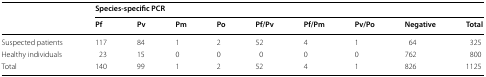
<table><thead><tr><td rowspan="2"></td><td colspan="9"><b>Species-specific PCR</b></td></tr><tr><td><b>Pf</b></td><td><b>Pv</b></td><td><b>Pm</b></td><td><b>Po</b></td><td><b>Pf/Pv</b></td><td><b>Pf/Pm</b></td><td><b>Pv/Po</b></td><td><b>Negative</b></td><td><b>Total</b></td></tr></thead><tbody><tr><td>Suspected patients</td><td>117</td><td>84</td><td>1</td><td>2</td><td>52</td><td>4</td><td>1</td><td>64</td><td>325</td></tr><tr><td>Healthy individuals</td><td>23</td><td>15</td><td>0</td><td>0</td><td>0</td><td>0</td><td>0</td><td>762</td><td>800</td></tr><tr><td>Total</td><td>140</td><td>99</td><td>1</td><td>2</td><td>52</td><td>4</td><td>1</td><td>826</td><td>1125</td></tr></tbody></table>